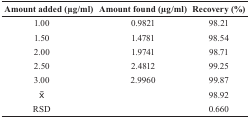
| Amount added (μg/ml) | Amount found (μg/ml) | Recovery (%) |
 | --- | --- | --- |
 | 1.00 | 0.9821 | 98.21 |
 | 1.50 | 1.4781 | 98.54 |
 | 2.00 | 1.9741 | 98.71 |
 | 2.50 | 2.4812 | 99.25 |
 | 3.00 | 2.9960 | 99.87 |
 | <overline>X</overline> |  | 98.92 |
 | RSD |  | 0.660 |